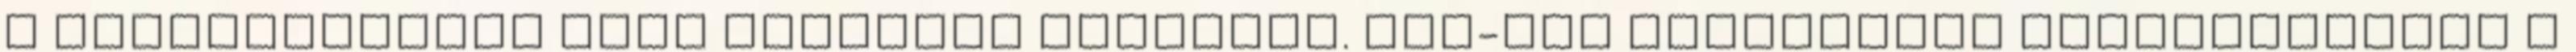
a rendelkezésre álló források szűkösek. Egy-egy rendezvény megvalósítása a